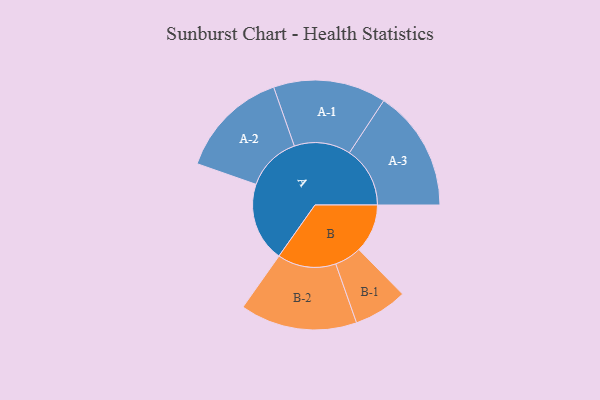
{"axis": {"x": "Segment", "y": "Value"}, "legend": ["", "A", "B"], "data": [{"x": "A", "y": 378, "type": ""}, {"x": "B", "y": 232, "type": ""}, {"x": "A-1", "y": 269, "type": "A"}, {"x": "A-2", "y": 262, "type": "A"}, {"x": "A-3", "y": 289, "type": "A"}, {"x": "B-1", "y": 128, "type": "B"}, {"x": "B-2", "y": 279, "type": "B"}]}